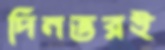
দিনভরই